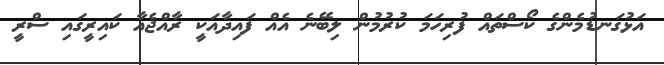
އަޅުގަނޑުމެންގެ ކޯސްތައް ފުރިހަމަ ކުރުމުން ލިބޭނެ އެއް ފައިދާއަކީ ރާއްޖެއާ ކައިރީގައި ސްރީ